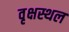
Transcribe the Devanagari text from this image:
वृक्षस्थल